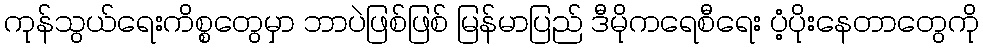
ကုန်သွယ်ရေးကိစ္စတွေမှာ ဘာပဲဖြစ်ဖြစ် မြန်မာပြည် ဒီမိုကရေစီရေး ပံ့ပိုးနေတာတွေကို